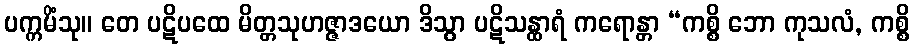
ပက္ကမိံသု။ တေ ပဋိပထေ မိတ္တသုဟဇ္ဇာဒယော ဒိသွာ ပဋိသန္ထာရံ ကရောန္တာ “ကစ္စိ ဘော ကုသလံ, ကစ္စိ